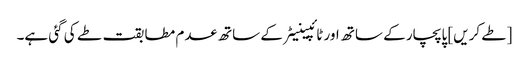
[طے کریں] پاپچار کے ساتھ اور ٹائپینیٹر کے ساتھ عدم مطابقت طے کی گئی ہے۔